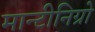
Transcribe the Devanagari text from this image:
मान्टीनिग्रो